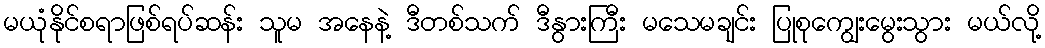
မယုံနိုင်စရာဖြစ်ရပ်ဆန်း သူမ အနေနဲ့ ဒီတစ်သက် ဒီနွားကြီး မသေမချင်း ပြုစုကျွေးမွေးသွား မယ်လို့